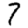
Digit: 7